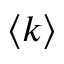
\langle k \rangle